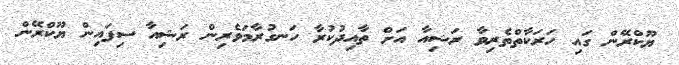
ޔޫކްރޭން ގައި ހަރަކާތްތެރިވާ ރަޝިއާ އަށް ތާއިދުކުރާ ހަނގުރާމަވެރިން ރަޝިއާ ސިފައިން ޔޫކްރޭން